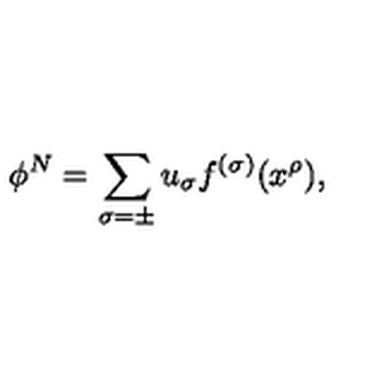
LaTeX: \phi ^ { N } = \sum _ { \sigma = \pm } u _ { \sigma } f ^ { ( \sigma ) } ( x ^ { \rho } ) ,